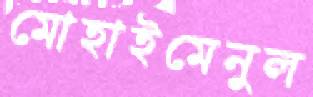
মোহাইমেনুল